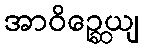
အာဝိဉ္ဆေယျ